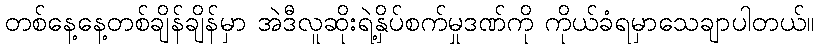
တစ်နေ့နေ့တစ်ချိန်ချိန်မှာ အဲဒီလူဆိုးရဲ့နှိပ်စက်မှုဒဏ်ကို ကိုယ်ခံရမှာသေချာပါတယ်။